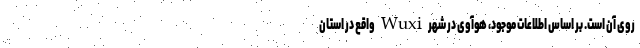
روی آن است. بر اساس اطلاعات موجود، هوآوی در شهر Wuxi واقع در استان